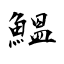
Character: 鰮